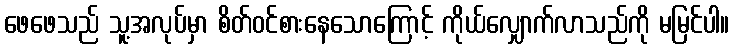
ဖေဖေသည် သူ့အလုပ်မှာ စိတ်ဝင်စားနေသောကြောင့် ကိုယ်လျှောက်လာသည်ကို မမြင်ပါ။